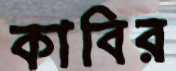
কাবির